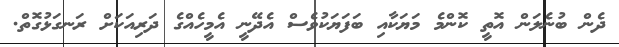
ދެން ބުނެލަން އޮތީ ކޮންމެ މަޔަކާއި ބަފަޔަކުވެސް އެދޭނީ އެމީހެއްގެ ދަރިއަކަށް ރަނގަޅުގޮތް.